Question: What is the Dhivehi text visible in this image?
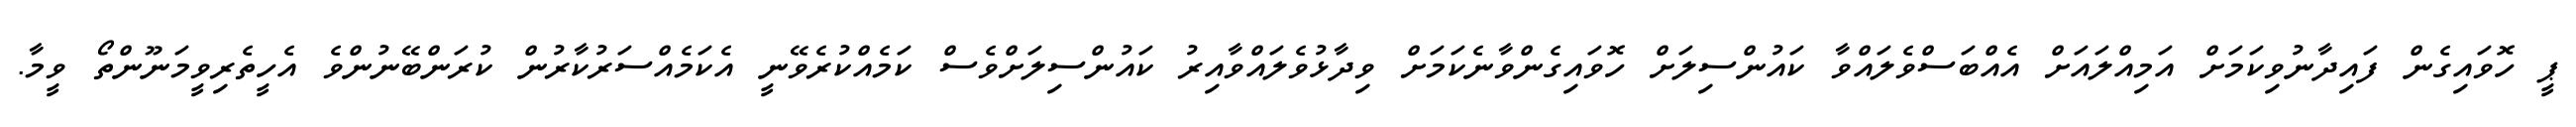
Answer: ޕީ ހޮވައިގެން ފައިދާނުވިކަމަށް އަމިއްލައަށް އެއްބަސްވެލައްވާ ކައުންސިލަށް ހޮވައިގެންވާނެކަމަށް ވިދާޅުވެލައްވާއިރު ކައުންސިލަށްވެސް ކަމެއްކުރެވޭނީ އެކަމެއްސަރުކާރުން ކުރަންބޭނުންވެ އެހީތެރިވީމަނޫންތޯ ވީމާ.